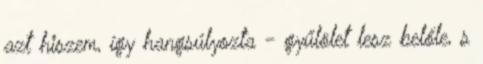
azt hiszem, így hangsúlyozta - gyűlölet lesz belőle, s